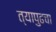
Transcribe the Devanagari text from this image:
त्यापुढचा